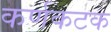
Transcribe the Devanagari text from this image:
कर्णकटक